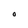
Character: 0